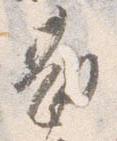
勘